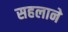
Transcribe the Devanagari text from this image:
सहलाने